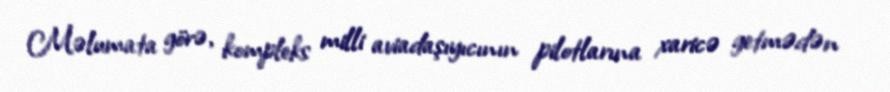
Məlumata görə, kompleks milli aviadaşıyıcının pilotlarına xaricə getmədən